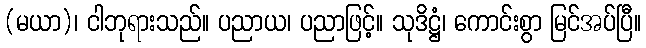
(မယာ)၊ ငါဘုရားသည်။ ပညာယ၊ ပညာဖြင့်။ သုဒိဋ္ဌံ၊ ကောင်းစွာ မြင်အပ်ပြီ။